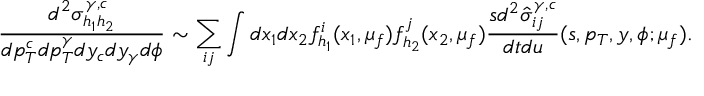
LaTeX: \frac { d ^ { 2 } \sigma _ { h _ { 1 } h _ { 2 } } ^ { \gamma , c } } { d p _ { T } ^ { c } d p _ { T } ^ { \gamma } d y _ { c } d y _ { \gamma } d \phi } \sim \sum _ { i j } \int d x _ { 1 } d x _ { 2 } f _ { h _ { 1 } } ^ { i } ( x _ { 1 } , \mu _ { f } ) f _ { h _ { 2 } } ^ { j } ( x _ { 2 } , \mu _ { f } ) \frac { s d ^ { 2 } \hat { \sigma } _ { i j } ^ { \gamma , c } } { d t d u } ( s , p _ { T } , y , \phi ; \mu _ { f } ) .